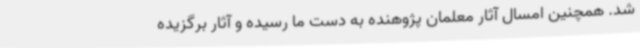
شد. همچنین امسال آثار معلمان پژوهنده به دست ما رسیده و آثار برگزیده